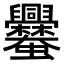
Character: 𧖥